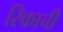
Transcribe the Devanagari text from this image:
रिकाची